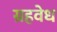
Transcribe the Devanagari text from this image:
ग्रहवेध